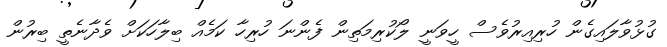
ގުޅުވާލައިގެން ހުރިއިރުވެސް ހީވަނީ ލޯކުރިމަތިން ފެންނަ ހުރިހާ ކަމެއް ބިލާހަކަށް ވެދާނެތީ ބިރުން